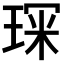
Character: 𭹘